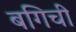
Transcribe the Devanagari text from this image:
बगिची